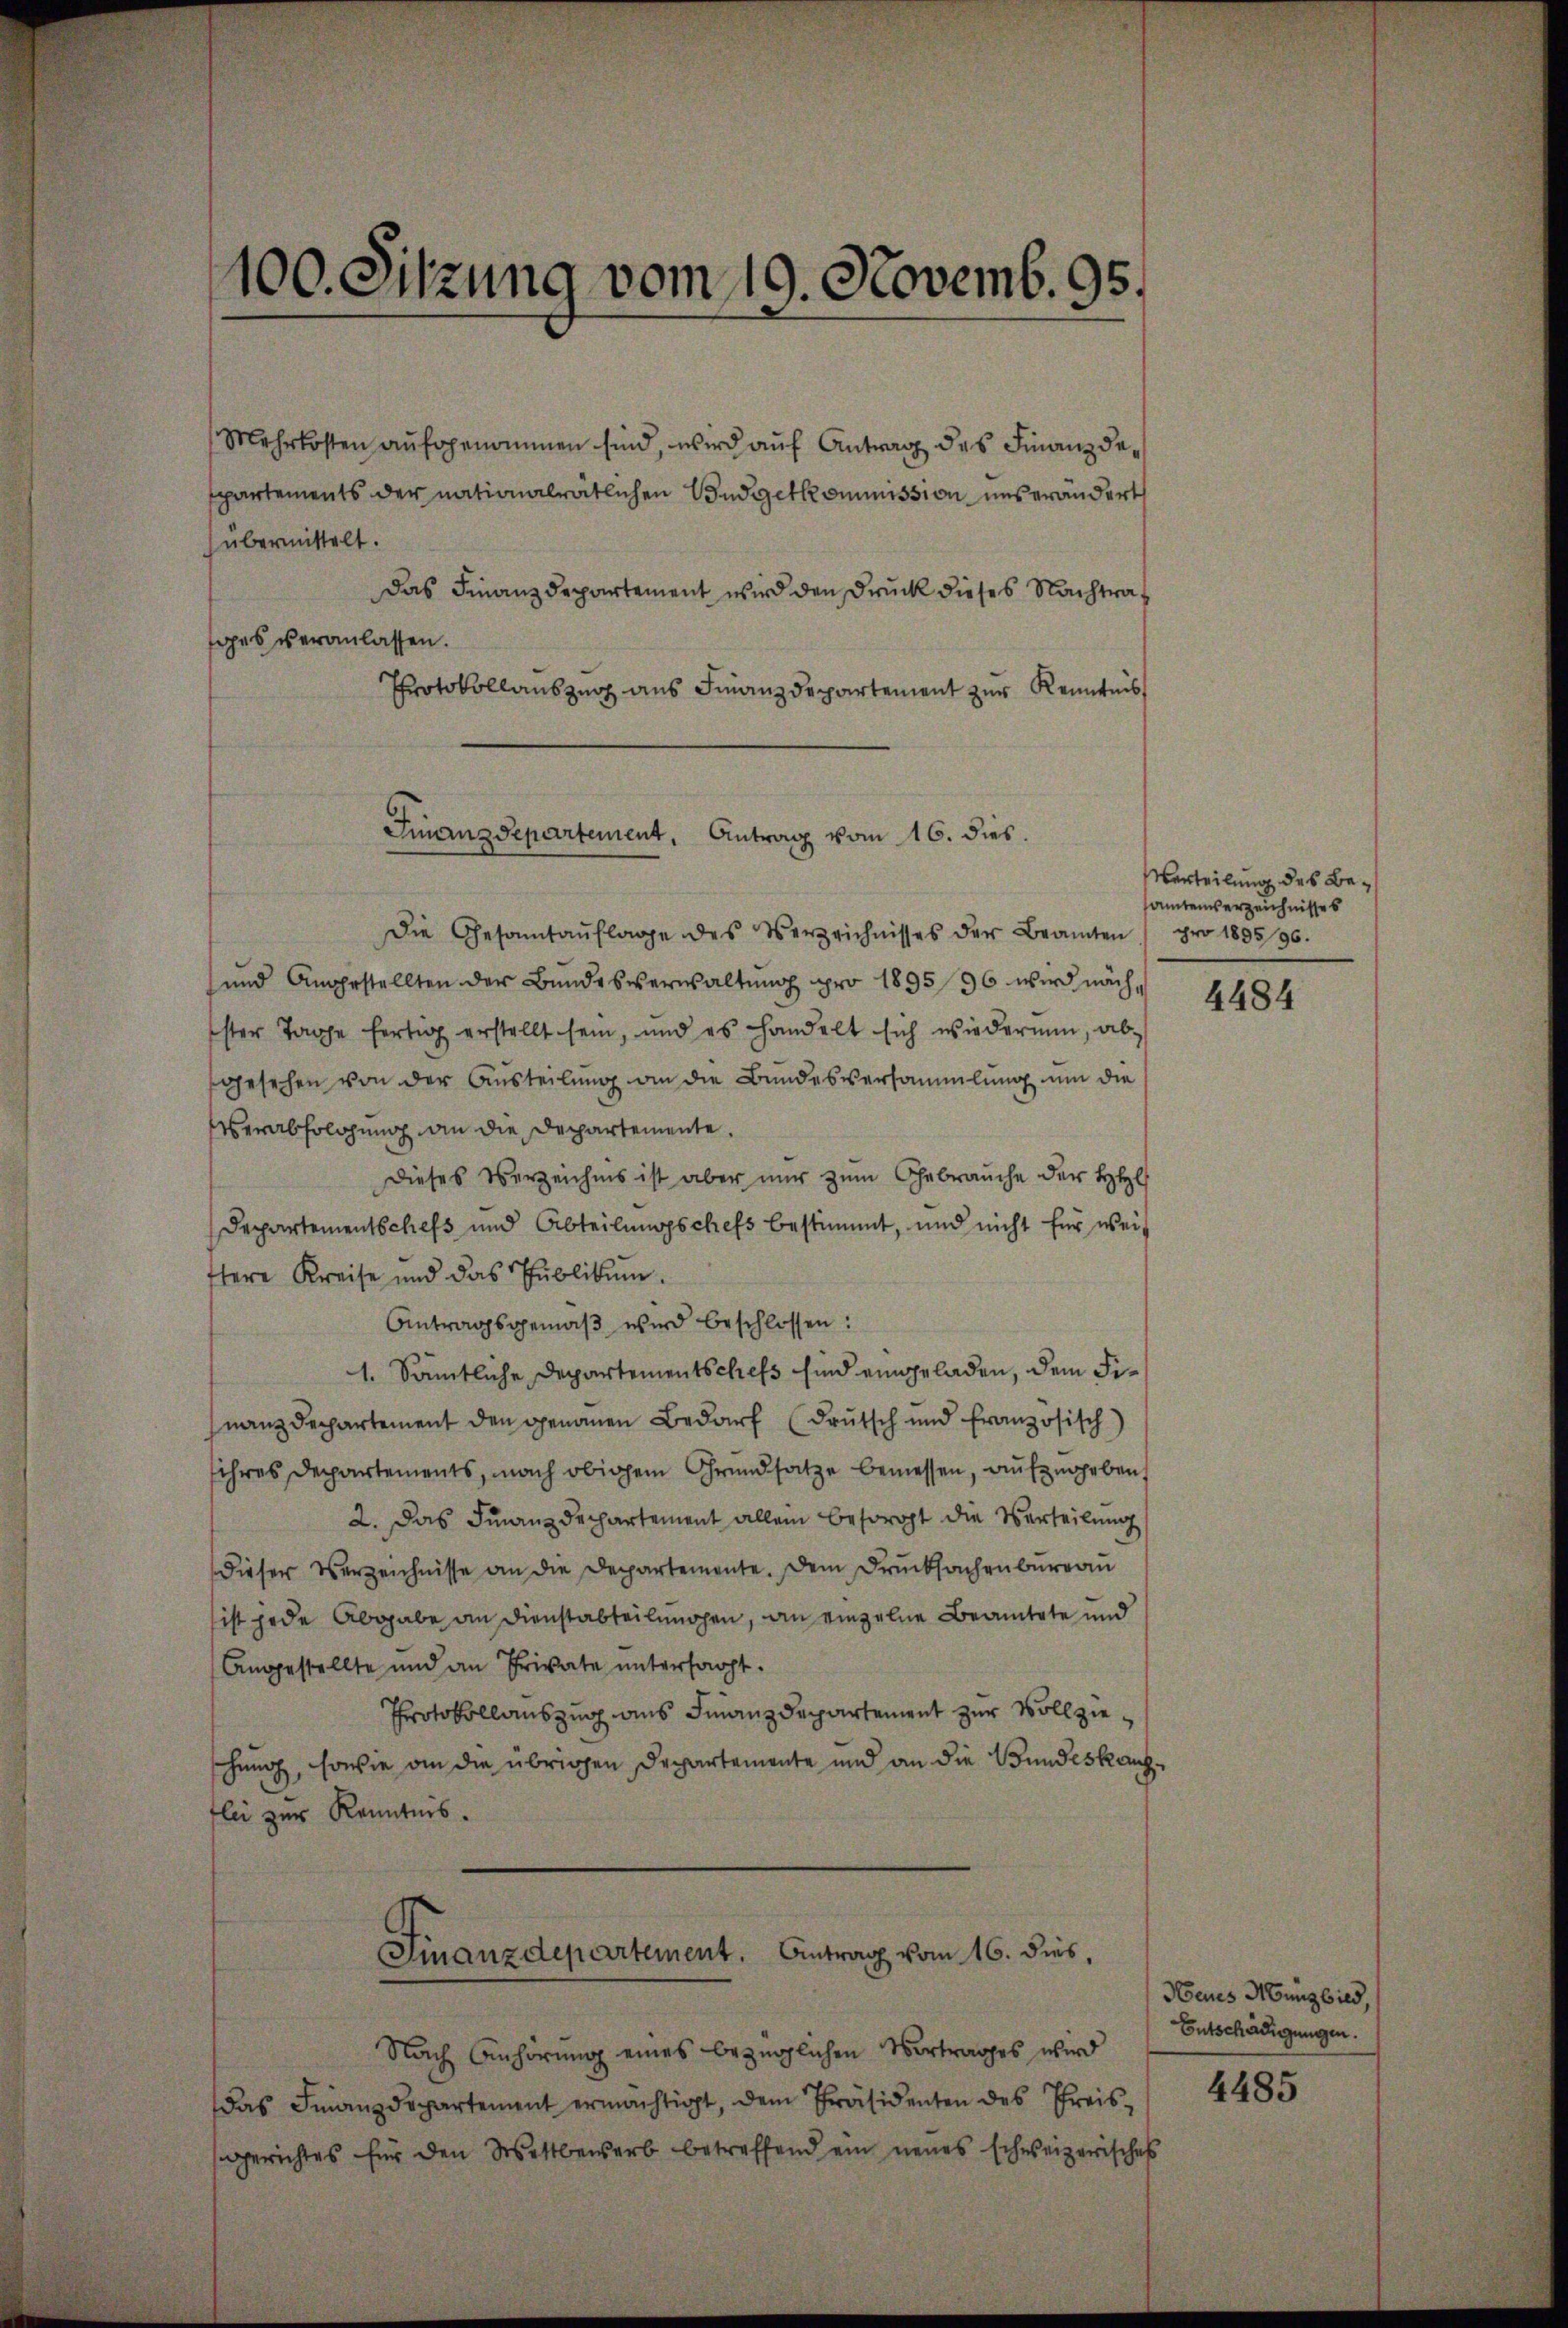
100. Sitzung vom 19. Novemb. 95.

Mehrkosten aŭfgenommen sind, wird auf Antrag des Finanzdespartements der nationalrätlichen Budgetkommission unserändert
übermittelt.
Das Finanzdepartement wird den Druck dieses Nachtrages veranlassen.
Protokollauszug aus Finanzdepartement zur Kenntnis
Finanzdepartement. Antrag vom 16. dies.

Die Gesamtaŭflage des Verzeichnisses der Beamten pro 189596.
und Angestellten der Bundesverwaltung pro 1895/96 wird nach
ster Tage fertig erstellt sein, und es handelt sich wiedernen, ab-
gesehen von der Austeilung an die Bundesversammlung um die
verabfolgung an die Departemente
Dieses Verzeichnis ist aber nur zum Gebrauche der HH
Departementschefs und Abteilungsschefs bestimmt, und nicht für weiftere Kreise und das Publikum.
Antragsgemäβ wird beschlossen:
1. Sämtliche Departementschefs sind eingeladen, dem Finanzdepartement den genauen Bedarf (Drutsch und französisch)
ihres Departements, nach obigem Grundsatze bemessen, aufzugeben,
2. Das Finanz Dechartement allein besorgt die Verteilung
dieser Verzeichnisse an die Departemente. Dem Drucksachenbŭrgaŭ
ist jede Abgabe an Dienstabteilungen, an einzelne Beamtete und
Angestellte und an Private untersagt.
Protokollauszug aus Finanzdepartement zur Vollzieschung, sowie an die übrigen Departemente und an die Bundeskanzflei zur Kenntnis.
Finanzdepartement. Antrag vom 16. dies,
Nach Anhörung eines bezüglichen Vortrages wird
das Finanzdepartement ermächtigt, dem Präsidenten des Preissgerichtes für den Wettbewerb betreffend ein neues schweizerisches

Verteilung des Besamtenverzeichnisses

4484

Neues Mung bild,
Entschädigungen.

4485